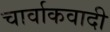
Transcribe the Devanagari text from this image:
चार्वाकवादी